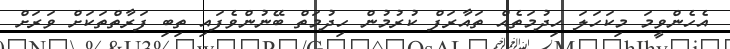
އެހެންވީމަ މިކަހަލަ ހިދުމަތެއް ތައާރަފް ކުރުމުން ހިދުމަތް ބޭނުންވެފައި ތިބި ފަރާތްތަކަށް ވަރަށް